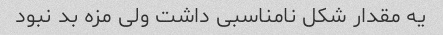
یه مقدار شکل نامناسبی داشت ولی مزه بد نبود